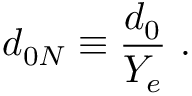
d _ { 0 N } \equiv { \frac { d _ { 0 } } { Y _ { e } } } ~ .